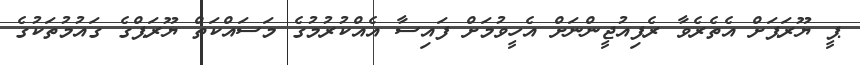
ޕީ ޔޫރަޕަށް އެތެރެވާ ރެފިއުޖީންނަށް އެހީވުމަށް ފައިސާ އެއްކުރުމުގެ މަސައްކަތް ޔޫރަޕްގެ ގައުމުތަކުގެ